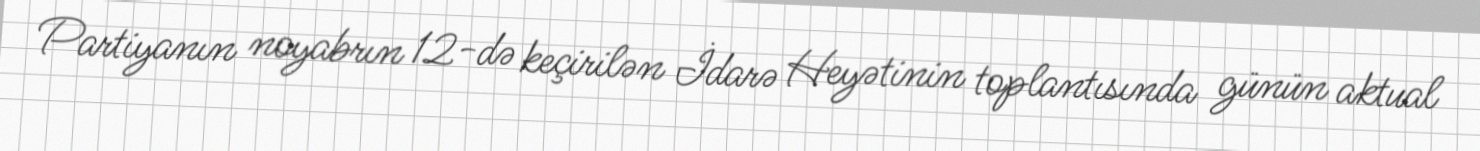
Partiyanın noyabrın 12-də keçirilən İdarə Heyətinin toplantısında günün aktual